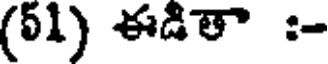
(51) ఈడితా :-